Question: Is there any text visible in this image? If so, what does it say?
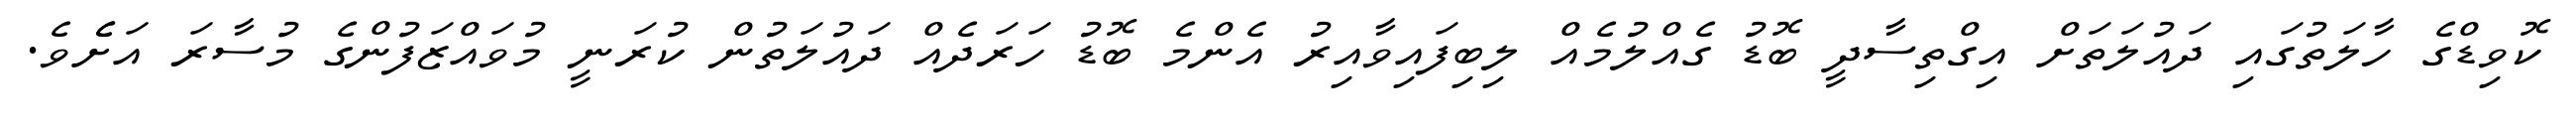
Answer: ކޮވިޑްގެ ހާލަތުގައި ދައުލަތަށް އިގްތިސާދީ ބޮޑު ގެއްލުމެއް ލިބިފައިވާއިރު އެންމެ ބޮޑު ހަރަދެއް ދައުލަތުން ކުރަނީ މުވައްޒަފުންގެ މުސާރަ އަށެެވެ.